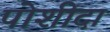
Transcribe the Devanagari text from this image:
पोशीदा